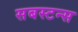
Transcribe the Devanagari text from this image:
सबस्टन्स